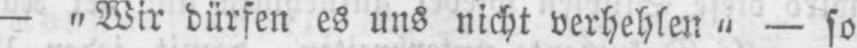
- „Wir dürfen es uns nicht verhehlen‟ - so